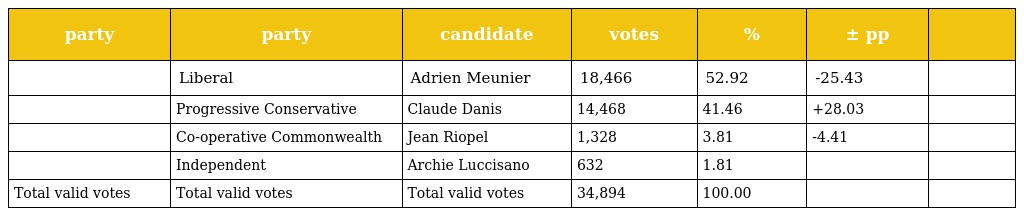
| party | party | candidate | votes | % | ± pp |  |
 | --- | --- | --- | --- | --- | --- | --- |
 |  | Liberal | Adrien Meunier | 18,466 | 52.92 | -25.43 |  |
 |  | Progressive Conservative | Claude Danis | 14,468 | 41.46 | +28.03 |  |
 |  | Co-operative Commonwealth | Jean Riopel | 1,328 | 3.81 | -4.41 |  |
 |  | Independent | Archie Luccisano | 632 | 1.81 |  |  |
 | Total valid votes | Total valid votes | Total valid votes | 34,894 | 100.00 |  |  |